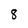
Character: 8